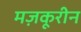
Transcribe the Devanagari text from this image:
मज़कूरीन